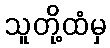
သူတို့ထံမှ